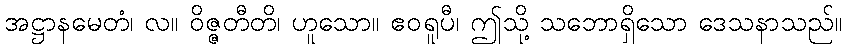
အဋ္ဌာနမေတံ၊ လ။ ဝိဇ္ဇတီတိ၊ ဟူသော။ ဧဝရူပီ၊ ဤသို့ သဘောရှိသော ဒေသနာသည်။